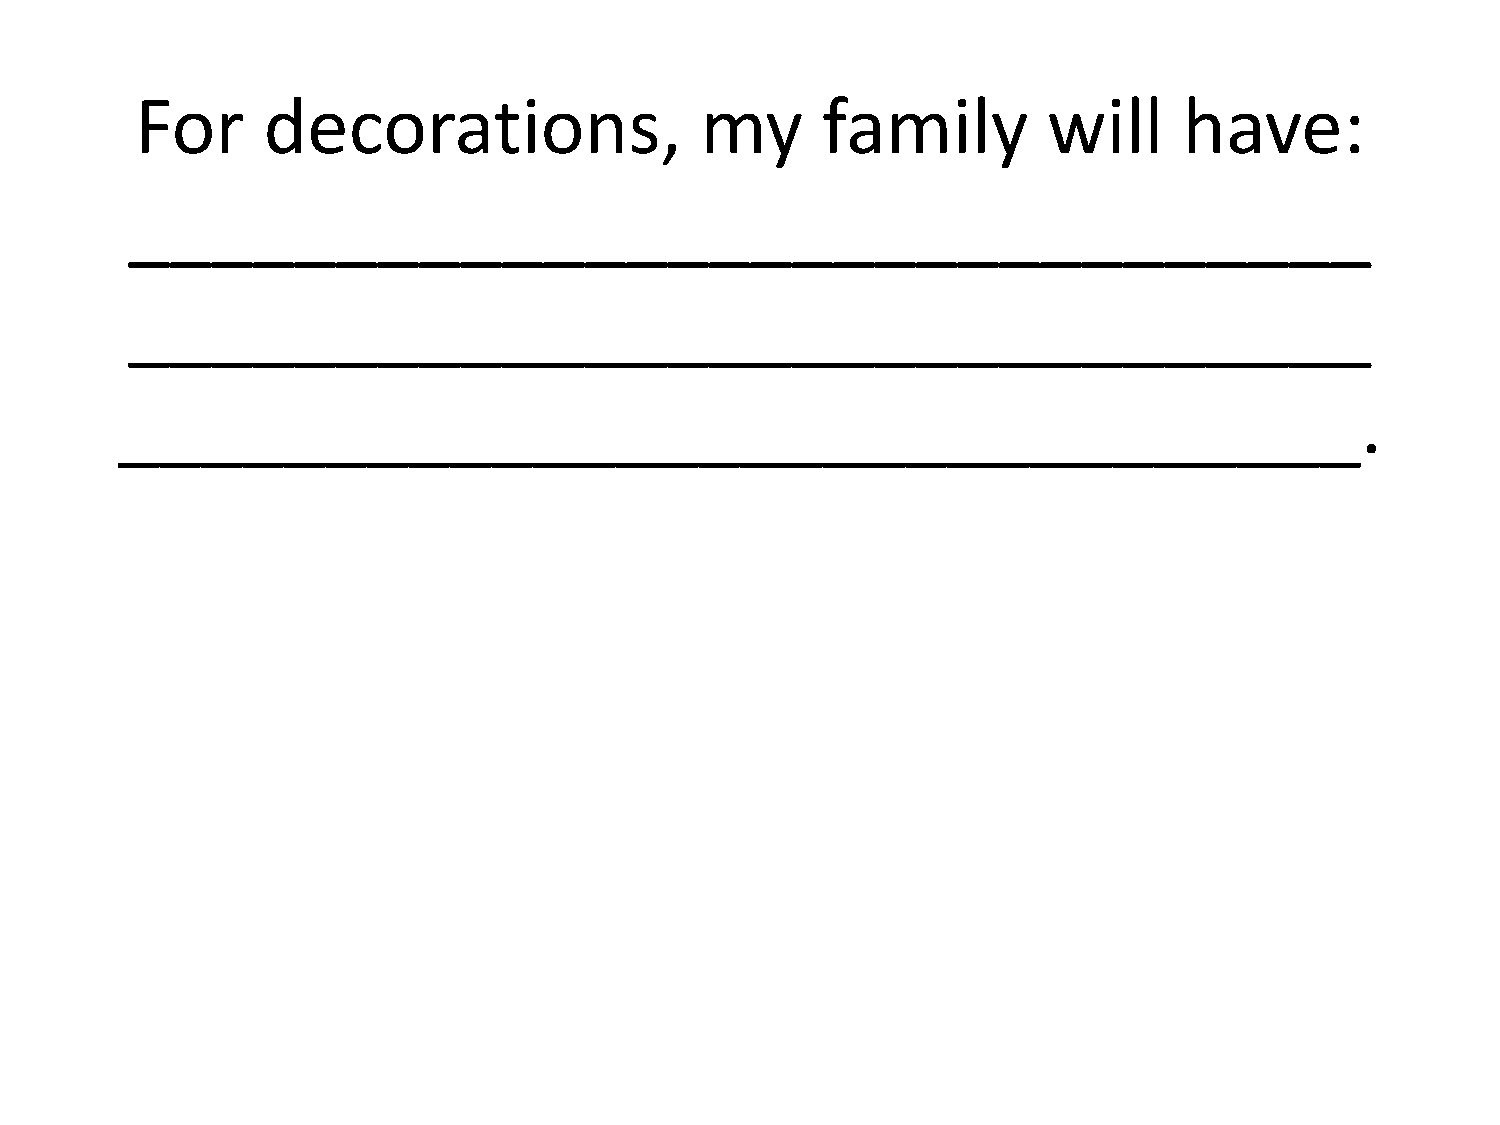
For     decorations,                 my      family         will     have:
 ______________________________
 ______________________________
 ______________________________.